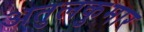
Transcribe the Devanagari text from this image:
अतुलकुमार